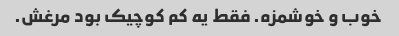
خوب و خوشمزه. فقط یه کم کوچیک بود مرغش.